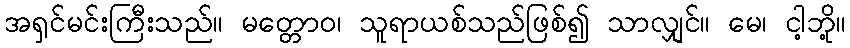
အရှင်မင်းကြီးသည်။ မတ္တောဝ၊ သူရာယစ်သည်ဖြစ်၍ သာလျှင်။ မေ၊ ငါ့ဘို့။